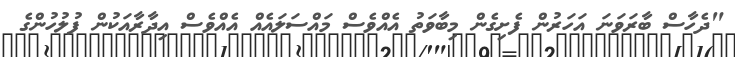
"ދެހާސް ބާރަވަނަ އަހަރުން ފެށިގެން މިބާވަތު އެއްވެސް މައްސަލައެއް އެއްވެސް އިދާރާއަކުން ފުލުހުންގެ